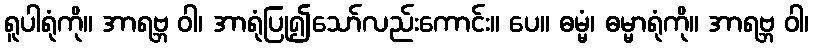
ရူပါရုံကို။ အာရဗ္ဘ ဝါ၊ အာရုံပြု၍သော်လည်းကောင်း။ ပေ။ ဓမ္မံ၊ ဓမ္မာရုံကို။ အာရဗ္ဘ ဝါ၊